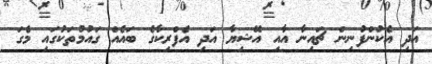
އަދި އެކުންފުނިން ޗައިނާ އާއި އޭޝިޔާ އަދި އެފްރިކާގެ ބައެއް ގައުމުތަކުގައި މެގަ